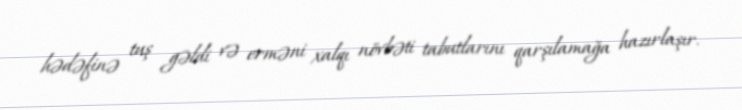
hədəfinə tuş gəldi və erməni xalqı növbəti tabutlarını qarşılamağa hazırlaşır.